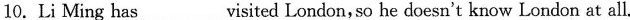
10. Li Ming has___visited London, so he doesn't know London at all.